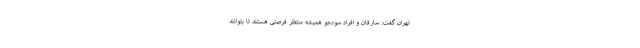
تهران گفت: سارقان و افراد سودجو همیشه منتظر فرصتی هستند تا بتوانند